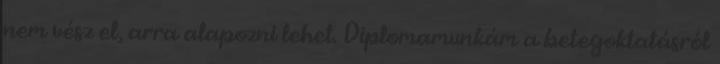
nem vész el, arra alapozni lehet. Diplomamunkám a betegoktatásról